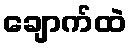
ချောက်ထဲ